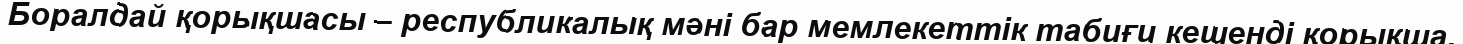
Боралдай қорықшасы – республикалық мәні бар мемлекеттік табиғи кешенді қорықша.